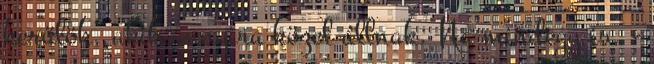
kerülök, akik annyira közel állnak. Na mindegy is. -